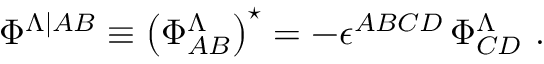
\Phi ^ { \Lambda \vert { A B } } \equiv \left( \Phi _ { A B } ^ { \Lambda } \right) ^ { \star } = - \epsilon ^ { A B C D } \, \Phi _ { C D } ^ { \Lambda } ~ .